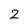
Character: 2